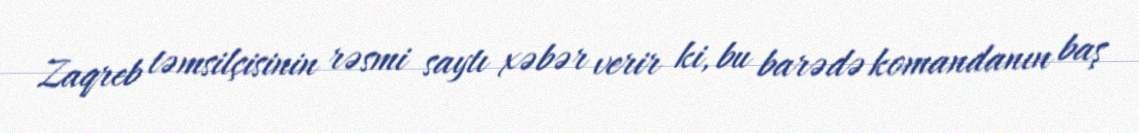
Zaqreb təmsilçisinin rəsmi saytı xəbər verir ki, bu barədə komandanın baş